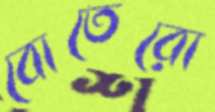
বোতেরো